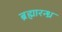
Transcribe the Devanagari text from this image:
ब्रह्मारन्ध्र